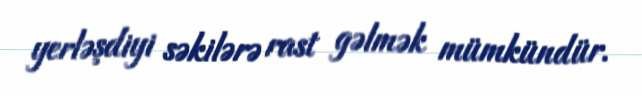
yerləşdiyi səkilərə rast gəlmək mümkündür.